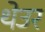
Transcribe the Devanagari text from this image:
थेउर